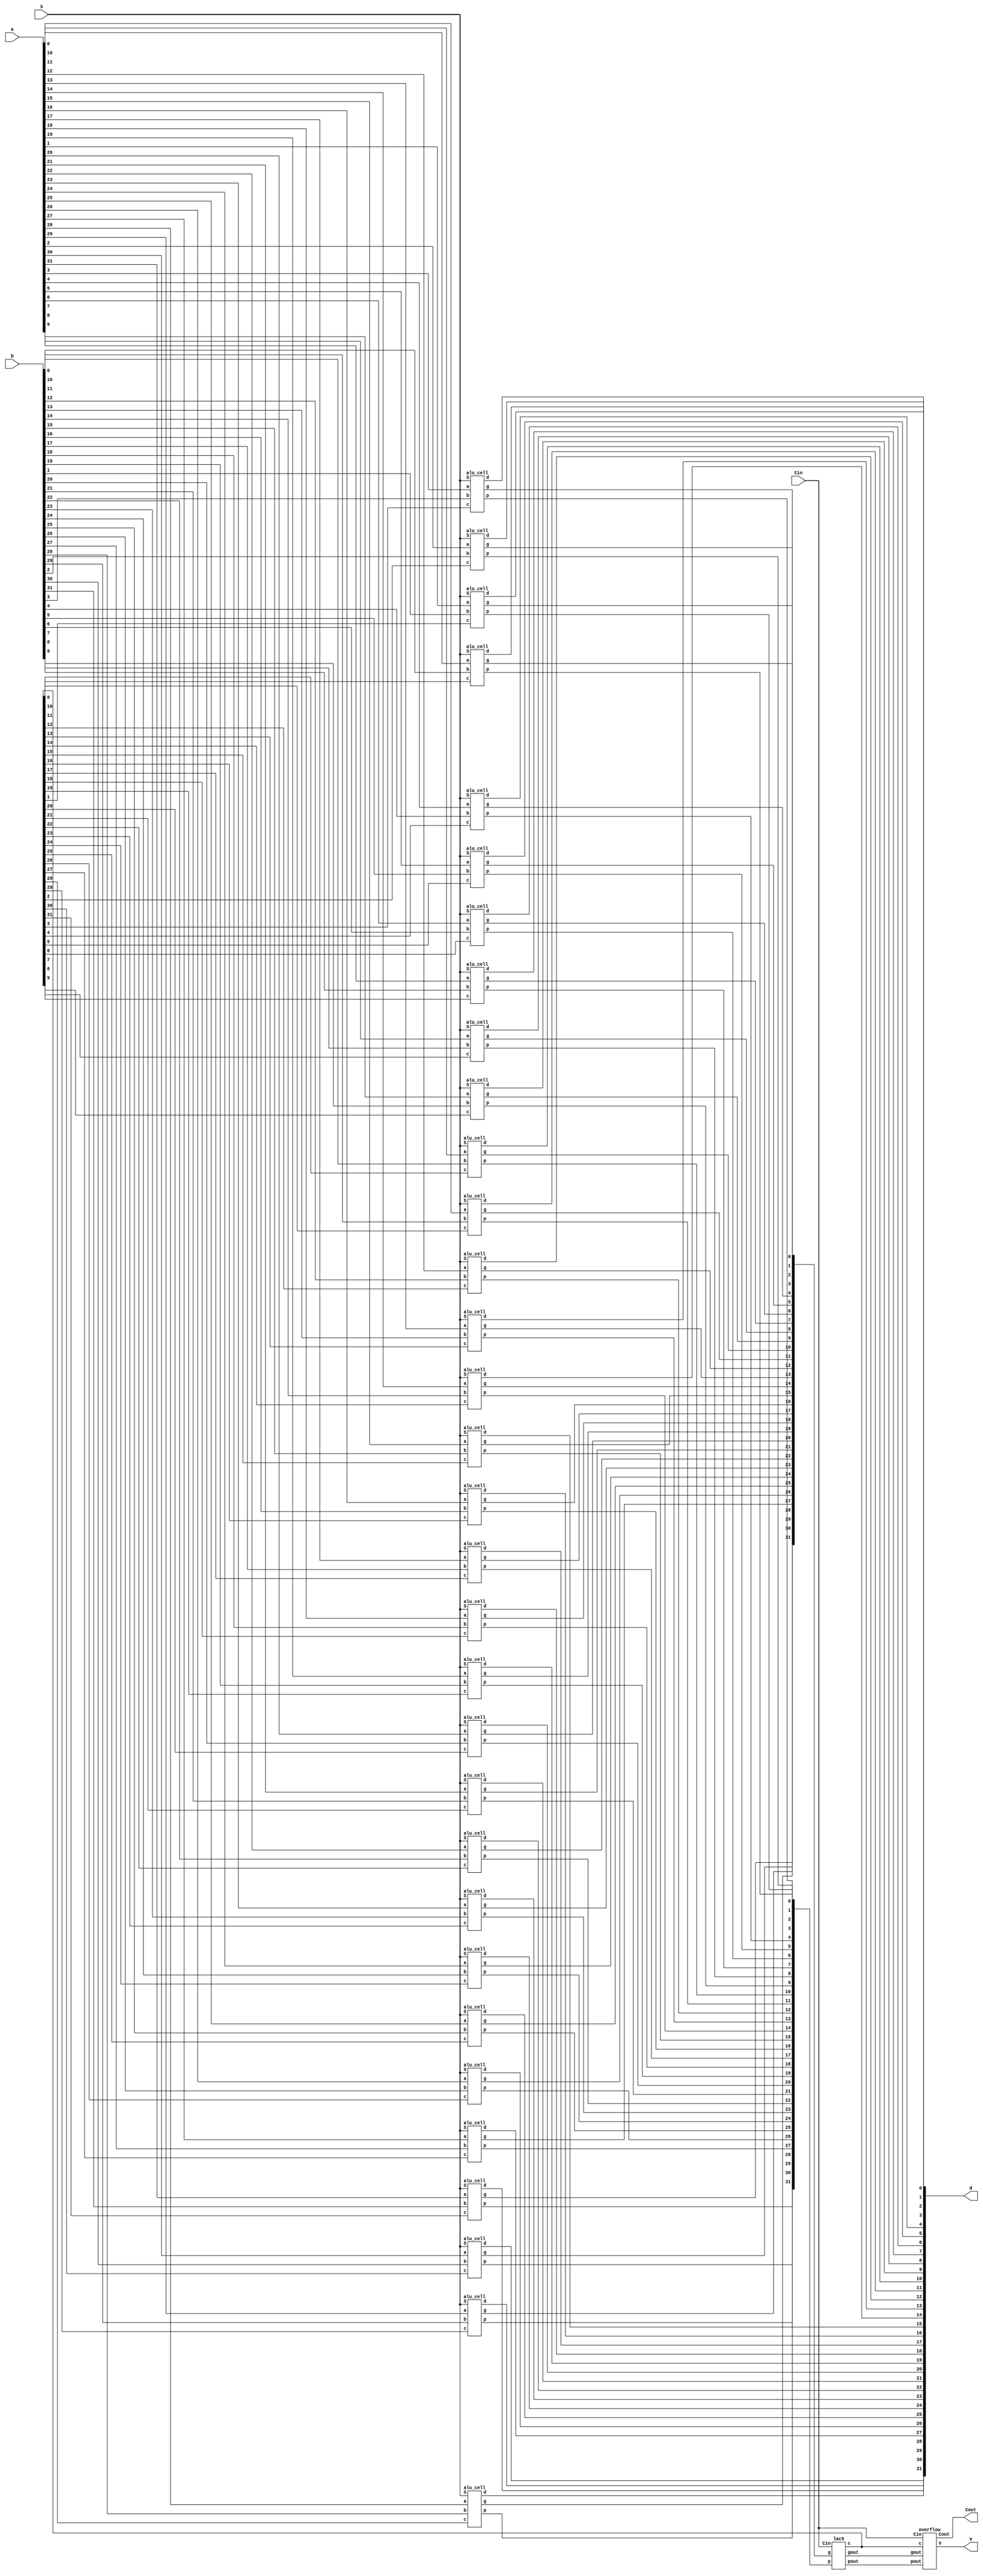
`timescale 1ns / 1ps


module alu32 (d, Cout, V, a, b, Cin, S);
   output[31:0] d;
   output Cout, V;
   input [31:0] a, b;
   input Cin;
   input [2:0] S;
   
   wire [31:0] c, g, p;
   wire gout, pout;
   
   alu_cell alucell[31:0] (
      .d(d),
      .g(g),
      .p(p),
      .a(a),
      .b(b),
      .c(c),
      .S(S)
   );
   
   lac5 laclevel5(
      .c(c),
      .gout(gout),
      .pout(pout),
      .Cin(Cin),
      .g(g),
      .p(p)
   );

   overflow over(
      .c(c),
      .gout(gout),
      .pout(pout),
      .Cin(Cin),
      .Cout(Cout),
      .V(V)
   );   
  
endmodule


module alu_cell (d, g, p, a, b, c, S);
   output d, g, p;
   input a, b, c;
   input [2:0] S;      
   reg g,p,d,cint,bint;
     
   always @(a,b,c,S,p,g) begin 
     bint = S[0] ^ b;
     g = a & bint;
     p = a ^ bint;
     cint = S[1] & c;
    
	 //expand this module to handle S[2]
     if(S[2] == 0) 
        begin 
            d = p ^ cint;
        end
     else if (S[2] == 1)
        begin
            if(S[1] == 0 && S[0] == 0) 
                begin 
                    d = a | b;
                end
            else if(S[1] == 0 && S[0] == 1) 
                begin 
                    d = ~(a | b);
                end
            else if(S[1] == 1 && S[0] == 0) 
                begin 
                    d = a & b;
                end 
            else if(S[1] == 1 && S[0] == 1)
                begin
                    d = 0; 
                end
         end
    end 
endmodule


module overflow (c, gout, pout, Cin, Cout, V);
    input[31:0] c; 
    input gout, pout, Cin; 
    output Cout, V; 
    
    assign Cout = gout | (pout & Cin); 
    assign V = Cout ^ c[31]; 
endmodule


module lac(c, gout, pout, Cin, g, p);

   output [1:0] c;
   output gout;
   output pout;
   input Cin;
   input [1:0] g;
   input [1:0] p;

   assign c[0] = Cin;
   assign c[1] = g[0] | ( p[0] & Cin );
   assign gout = g[1] | ( p[1] & g[0] );
   assign pout = p[1] & p[0];
	
endmodule


module lac2 (c, gout, pout, Cin, g, p);
   output [3:0] c;
   output gout, pout;
   input Cin;
   input [3:0] g, p;
   
   wire [1:0] cint, gint, pint;
   
   lac leaf0(
      .c(c[1:0]),
      .gout(gint[0]),
      .pout(pint[0]),
      .Cin(cint[0]),
      .g(g[1:0]),
      .p(p[1:0])
   );
   
   lac leaf1(
      .c(c[3:2]),
      .gout(gint[1]),
      .pout(pint[1]),
      .Cin(cint[1]),
      .g(g[3:2]),
      .p(p[3:2])
   );
   
   lac root(
      .c(cint),
      .gout(gout),
      .pout(pout),
      .Cin(Cin),
      .g(gint),
      .p(pint)
   );
endmodule   


module lac3 (c, gout, pout, Cin, g, p);
   output [7:0] c;
   output gout, pout;
   input Cin;
   input [7:0] g, p;
   
   wire [1:0] cint, gint, pint;
   
   lac2 leaf0(
      .c(c[3:0]),
      .gout(gint[0]),
      .pout(pint[0]),
      .Cin(cint[0]),
      .g(g[3:0]),
      .p(p[3:0])
   );
   
   lac2 leaf1(
      .c(c[7:4]),
      .gout(gint[1]),
      .pout(pint[1]),
      .Cin(cint[1]),
      .g(g[7:4]),
      .p(p[7:4])
   );
   
   lac root(
      .c(cint),
      .gout(gout),
      .pout(pout),
      .Cin(Cin),
      .g(gint),
      .p(pint)
   );
endmodule


module lac4 (c, gout, pout, Cin, g, p);
    output [15:0] c;
    output gout, pout;
    input Cin;
    input [15:0] g, p;
    
    wire [1:0] cint, gint, pint;
    
    lac3 leaf0(
      .c(c[7:0]),
      .gout(gint[0]),
      .pout(pint[0]),
      .Cin(cint[0]),
      .g(g[7:0]),
      .p(p[7:0])
      );
      
    lac3 leaf1(
      .c(c[15:8]),
      .gout(gint[1]),
      .pout(pint[1]),
      .Cin(cint[1]),
      .g(g[15:8]),
      .p(p[15:8])
      );
      
    lac root(
      .c(cint),
      .gout(gout),
      .pout(pout),
      .Cin(Cin),
      .g(gint),
      .p(pint)
      ); 

endmodule


module lac5 (c, gout, pout, Cin, g, p);
    output [31:0] c;
    output gout, pout;
    input Cin;
    input [31:0] g, p;
    
    wire [1:0] cint, gint, pint;
    
    lac4 leaf0(
      .c(c[15:0]),
      .gout(gint[0]),
      .pout(pint[0]),
      .Cin(cint[0]),
      .g(g[15:0]),
      .p(p[15:0])
    );
    
    lac4 leaf1(
      .c(c[31:16]),
      .gout(gint[1]),
      .pout(pint[1]),
      .Cin(cint[1]),
      .g(g[31:16]),
      .p(p[31:16])
    );
    
    lac root(
      .c(cint),
      .gout(gout),
      .pout(pout),
      .Cin(Cin),
      .g(gint),
      .p(pint)
      ); 
endmodule